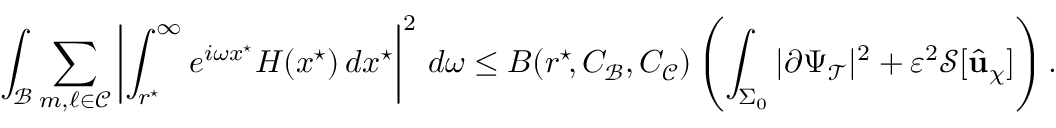
\int _ { \mathcal { B } } \sum _ { m , \ell \in \mathcal { C } } \left| \int _ { r ^ { \star } \! } ^ { \infty } e ^ { i \omega x ^ { \star } } H ( x ^ { \star } ) \, d x ^ { \star } \right| ^ { 2 } \, d \omega \leq B ( r ^ { \star } \! , C _ { \mathcal { B } } , C _ { \mathcal { C } } ) \left( \int _ { \Sigma _ { 0 } } | \partial \Psi _ { \mathcal { T } } | ^ { 2 } + \varepsilon ^ { 2 } \mathcal { S } [ \widehat { \mathbf { u } } _ { \chi } ] \right) .